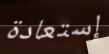
إستعادة